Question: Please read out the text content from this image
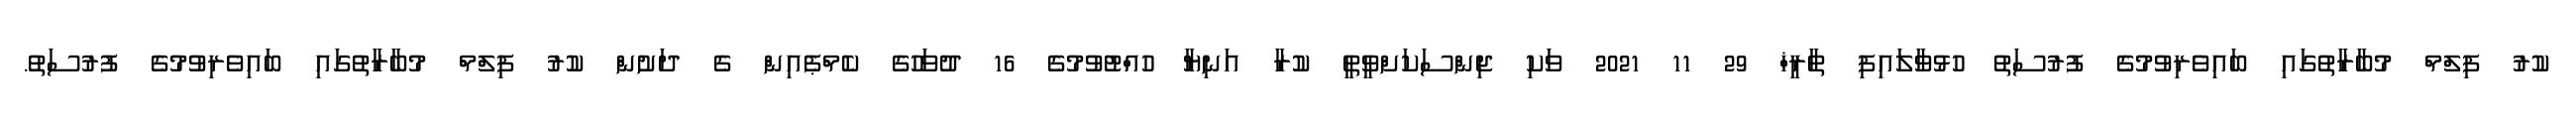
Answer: ކުރު ފިލްމް މުބާރާތުގައި ބައިވެރިވުމުގެ ފުރުސަތު ހުޅުވާލައިފި ތާރީޚް 29 11 2021 ވަކި ޖިންސަކަށްވީތީ ކުރާ އަނިޔާ ހުއްޓުވުމުގެ 16 ދުވަހުގެ ކެމްޕެއިން ގެ ދަށުން ކުރު ފިލްމް މުބާރާތުގައި ބައިވެރިވުމުގެ ފުރުސަތު.